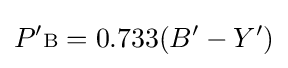
P'{\scriptstyle {\text{B}}}=0.733(B'-Y')